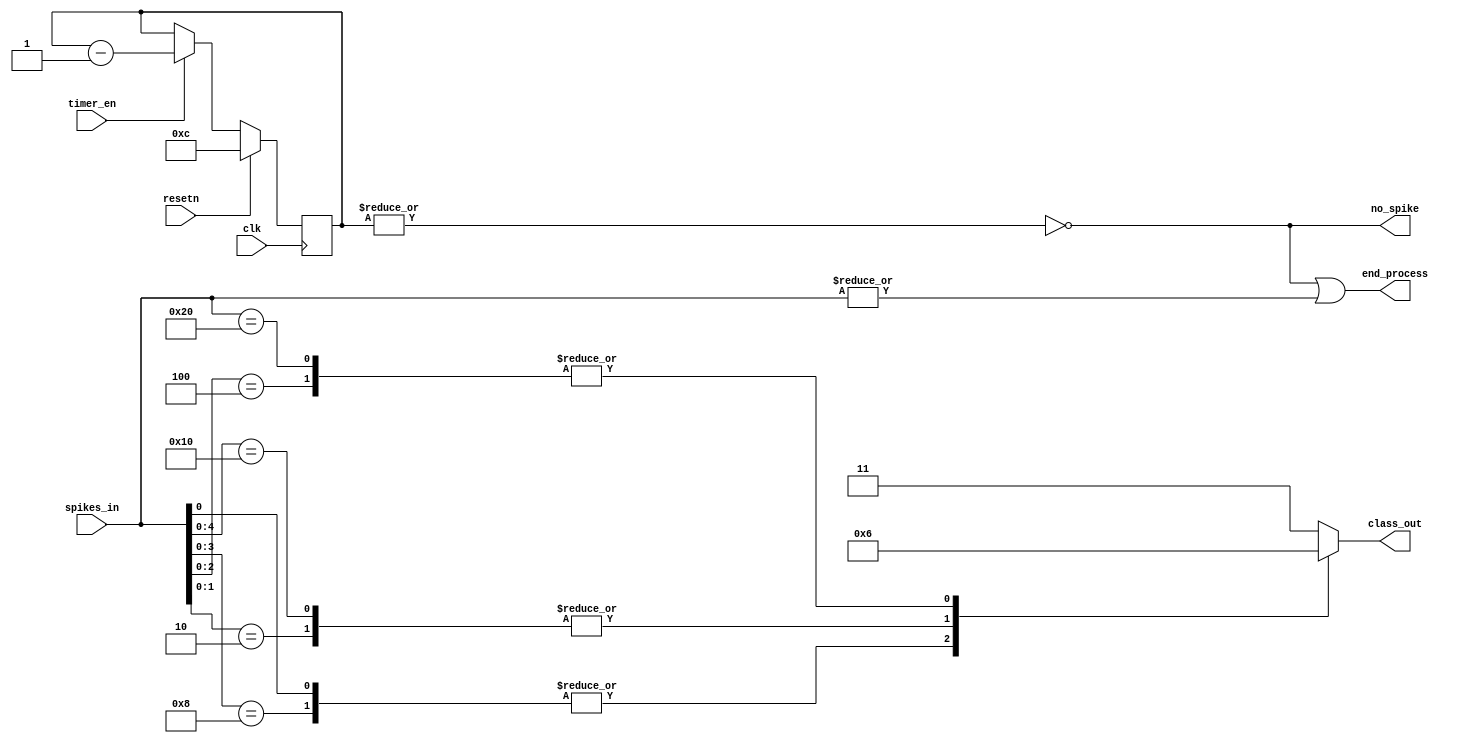
module arbitrator(spikes_in, class_out, no_spike, end_process, resetn, clk, timer_en);
parameter duration = 12;
input clk, resetn;
input [5:0] spikes_in;
input timer_en;
output wire no_spike;
output wire end_process;
output reg [1:0] class_out;

wire spike_enable;
reg [3:0] counter;

assign spike_enable = (|spikes_in);
assign no_spike = ~(|counter);
assign end_process = no_spike | spike_enable;

always@(*) begin
    casex (spikes_in)
      6'bxx_xxx1 : class_out = 2'b00;
      6'bxx_xx10 : class_out = 2'b01;
      6'bxx_x100 : class_out = 2'b10;
      6'bxx_1000 : class_out = 2'b00;
      6'bx1_0000 : class_out = 2'b01;
      6'b10_0000 : class_out = 2'b10;
      default : class_out = 2'b11;
    endcase
end

always@(posedge clk)
begin
    if(resetn)
      counter <= duration;
    else if(timer_en)
      counter <= counter-1;
    else
      counter <= counter;
end

endmodule